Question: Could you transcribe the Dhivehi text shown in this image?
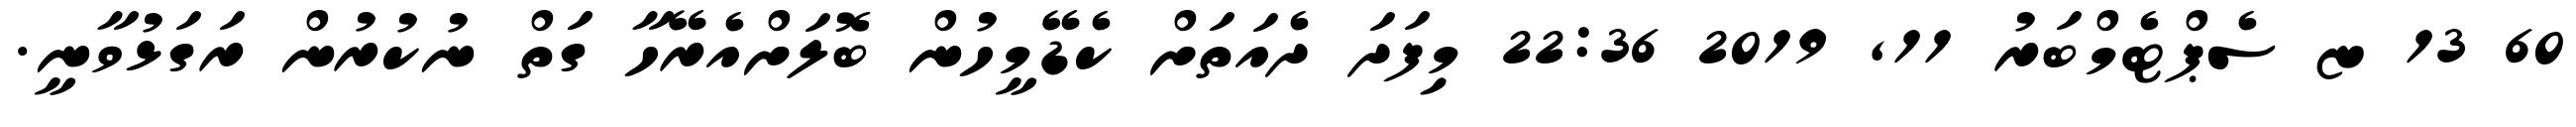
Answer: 60 13 ޏ ސެޕްޓެމްބަރު 11, 2019 22:36 މިފަދަ ދެއަތަށް ކެޑޭމީހުން ބޮލަށްއެރޭހާ ގަަތް ނުކުރުން ރަގަޅުވާނީ.